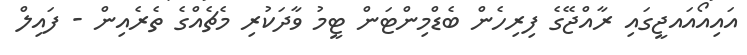
އައިއޯއައޖީގައި ރާއްޖޭގެ ފިރިހެން ބެޑްމިންޓަން ޓީމު ވާދަކުރި މެޗެއްގެ ތެރެއިން - ފައިލް